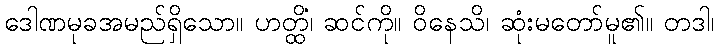
ဒေါဏမုခအမည်ရှိသော။ ဟတ္ထိံ၊ ဆင်ကို။ ဝိနေသိ၊ ဆုံးမတော်မူ၏။ တဒါ၊